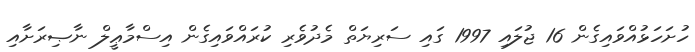
ހުށަހަޅުއްވައިގެން 16 ޖުލައި 1997 ގައި ސަރިޔަތް މެދުވެރި ކުރައްވައިގެން އިސްމާޢީލް ނާޞިރަށާއި